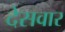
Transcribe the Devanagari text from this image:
देसवार